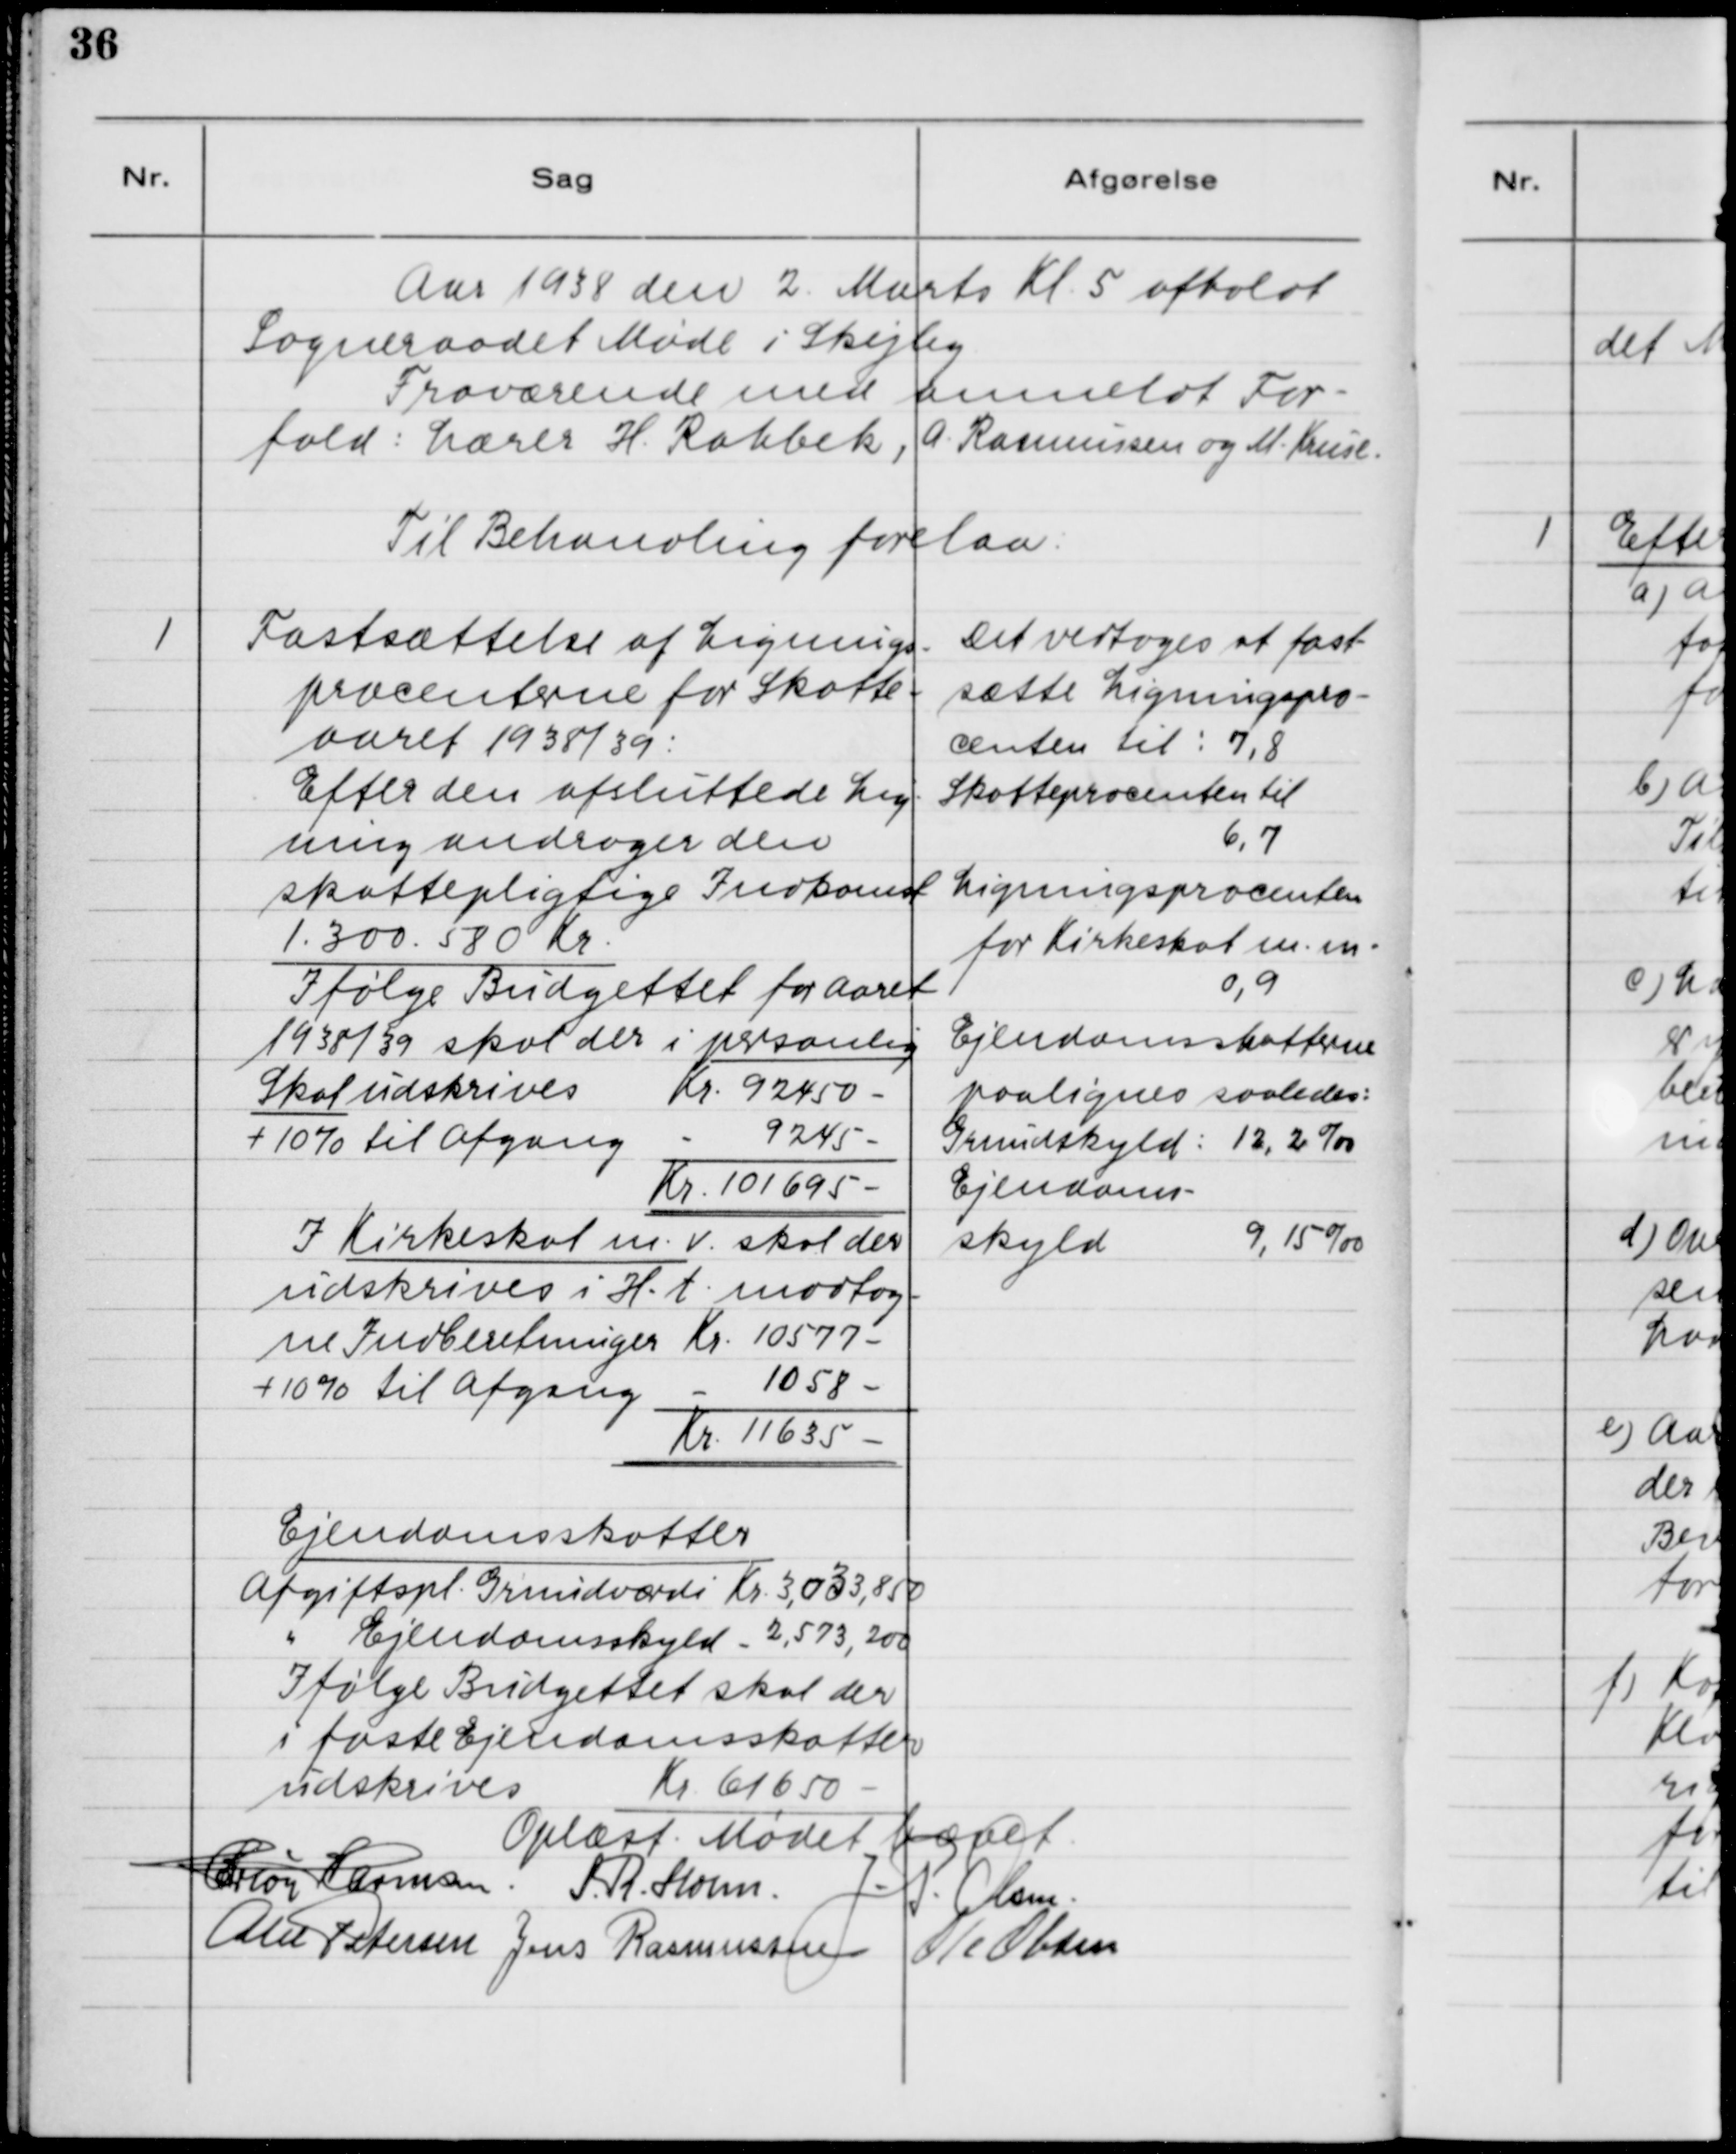
Transskription:
Aar 1938 den 2. Marts Kl. 5 afholdt
Sogneraadet Møde i Skejby.
Fraværende med anmeldt For-
fald: Lærer H. Rahbek, A. Rasmussen og M. Kruse.

Til Behandling forelaa:

1. Fastsættelse af Lignings-
procenterne for Skatte-
aaret 1938/39:
Efter den afsluttede Lig-
ning andrager den
skattepligtige Indkomst
1.300.580 Kr.
Ifølge Budgettet for Aaret
1938/39 skal der i personlig
Skat udskrives Kr. 92450 -
+ 10 % til Afgang Kr. 9245 -
Kr. 101695 -
I Kirkeskat m.v. skal der
udskrives i H.t. modtag-
ne Indberetninger Kr. 10577 -
+ 10 % til Afgang Kr. 1058 -
Kr. 11635 -
Ejendomsskatter
Afgiftspl. Grundværdi Kr. 3,033,850
Afgiftspl. Ejendomsskyld Kr. 2,573,200
Ifølge Budgettet skal der
i faste Ejendomsskatter
udskrives Kr. 61650 -

Det vedtoges at fast-
sætte Ligningspro-
center til: 7,8
Skatteprocenten til
6,7
Ligningsprocenten
for Kirkeskat m.m.
0,9
Ejendomskatterne
paalignes saaledes:
Grundskyld: 12,2 0/00
Ejendom-
skyld 9,15 0/00